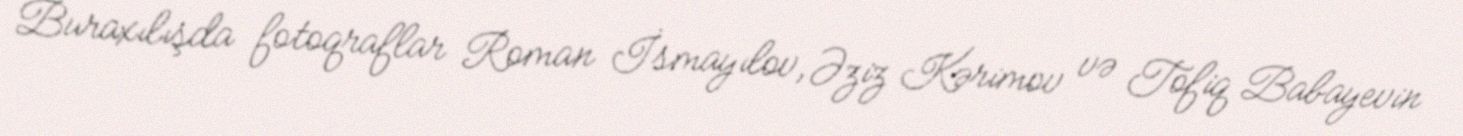
Buraxılışda fotoqraflar Roman İsmayılov, Əziz Kərimov və Tofiq Babayevin